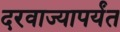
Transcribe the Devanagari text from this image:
दरवाज्यापर्यंत